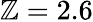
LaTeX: \mathbb{Z}=2.6